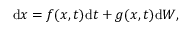
\mathrm { d } x = f ( x , t ) \mathrm { d } t + g ( x , t ) \mathrm { d } W ,